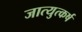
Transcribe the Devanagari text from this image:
जात्युत्कर्ष